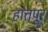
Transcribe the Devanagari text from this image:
हातपूर